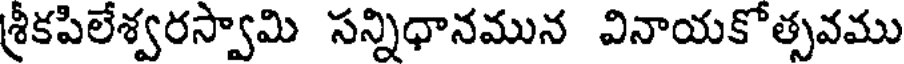
శ్రీకపిలేశ్వరస్వామి సన్నిధానమున వినాయకోత్సవము